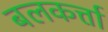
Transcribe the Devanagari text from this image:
बलकर्त्ता